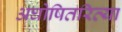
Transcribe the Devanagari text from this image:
अघोषितरित्या